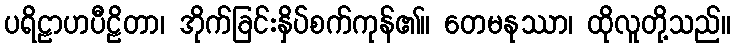
ပရိဠာဟပီဠိတာ၊ အိုက်ခြင်းနှိပ်စက်ကုန်၏။ တေမနုဿာ၊ ထိုလူတို့သည်။